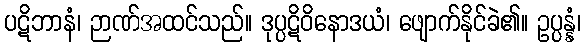
ပဋိဘာနံ၊ ဉာဏ်အထင်သည်။ ဒုပ္ပဋိဝိနောဒယံ၊ ဖျောက်နိုင်ခဲ၏။ ဥပ္ပန္နံ၊